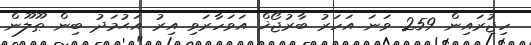
ހިޖުރައިން 259 ވަނަ އަހަރު ބާރުޖޯޚް އަވަހާރަވި އިރު އަޙުމަދު ބިން ޠޫލޫން